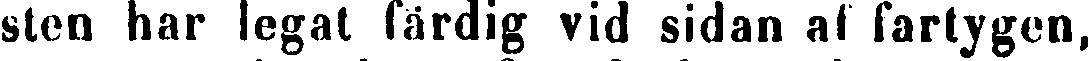
sten har legat färdig vid sidan af fartygen,